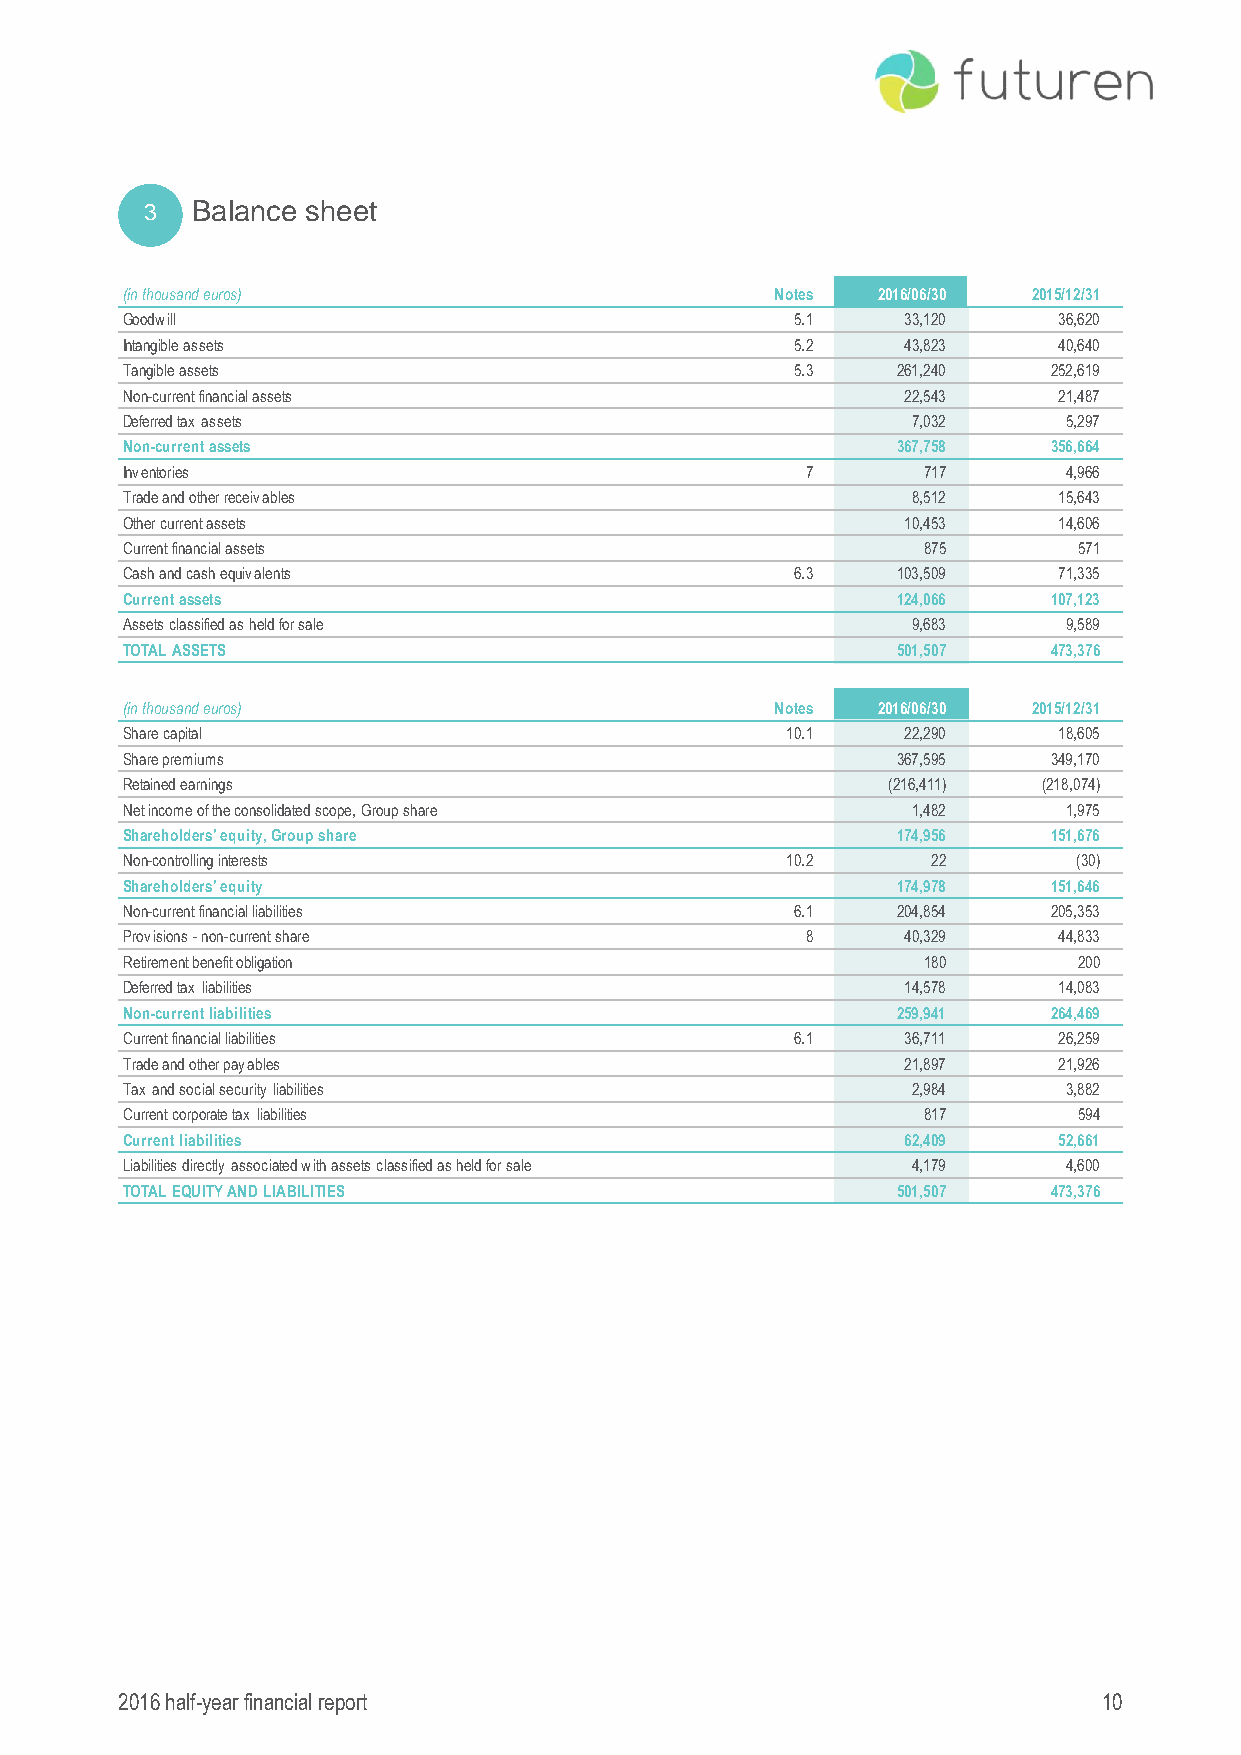
3  Balance sheet
 (in thousand euros)                        Notes  2016/06/30 2015/12/31
 Goodwill                                     5.1    33,120    36,620
 Intangible assets                            5.2    43,823    40,640
 Tangible assets                              5.3   261,240    252,619
 Non-current financial assets                        22,543    21,487
 Deferred tax assets                                 7,032      5,297
 Non-current assets                                 367,758    356,664
 Inventories                                  7       717       4,966
 Trade and other receivables                         8,512     15,643
 Other current assets                                10,453    14,606
 Current financial assets                             875       571
 Cash and cash equivalents                    6.3   103,509    71,335
 Current assets                                     124,066    107,123
 Assets classified as held for sale                  9,683      9,589
 TOTAL ASSETS                                       501,507    473,376
 (in thousand euros)                        Notes  2016/06/30 2015/12/31
 Share capital                               10.1    22,290    18,605
 Share premiums                                     367,595    349,170
 Retained earnings                                  (216,411) (218,074)
 Net income of the consolidated scope, Group share   1,482      1,975
 Shareholders' equity, Group share                  174,956    151,676
 Non-controlling interests                   10.2      22       (30)
 Shareholders' equity                               174,978    151,646
 Non-current financial liabilities            6.1   204,854    205,353
 Provisions - non-current share               8      40,329    44,833
 Retirement benefit obligation                        180       200
 Deferred tax liabilities                            14,578    14,083
 Non-current liabilities                            259,941    264,469
 Current financial liabilities                6.1    36,711    26,259
 Trade and other payables                            21,897    21,926
 Tax and social security liabilities                 2,984      3,882
 Current corporate tax liabilities                    817       594
 Current liabilities                                 62,409    52,661
 Liabilities directly associated with assets classified as held for sale 4,179 4,600
 TOTAL EQUITY AND LIABILITIES                       501,507    473,376
 2016 half-year financial report                                  10